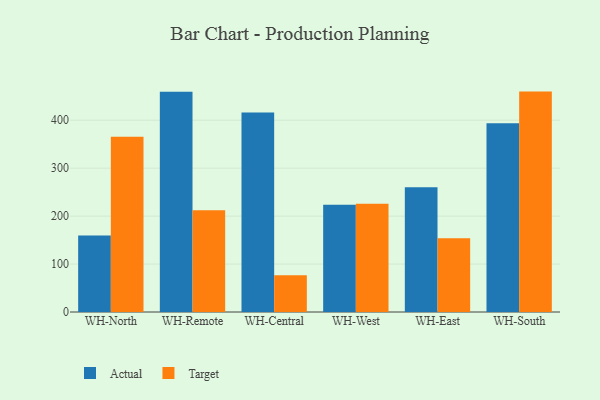
{"axis": {"x": "Warehouse", "y": "Customer Acquisition Cost (USD)"}, "legend": ["Actual", "Target"], "data": [{"x": "WH-North", "y": 159.3, "type": "Actual"}, {"x": "WH-North", "y": 365.5, "type": "Target"}, {"x": "WH-Remote", "y": 459.6, "type": "Actual"}, {"x": "WH-Remote", "y": 212.2, "type": "Target"}, {"x": "WH-Central", "y": 416.2, "type": "Actual"}, {"x": "WH-Central", "y": 76.9, "type": "Target"}, {"x": "WH-West", "y": 223.7, "type": "Actual"}, {"x": "WH-West", "y": 225.7, "type": "Target"}, {"x": "WH-East", "y": 260.4, "type": "Actual"}, {"x": "WH-East", "y": 153.7, "type": "Target"}, {"x": "WH-South", "y": 393.9, "type": "Actual"}, {"x": "WH-South", "y": 459.7, "type": "Target"}]}